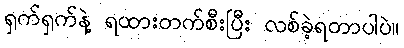
ရှက်ရှက်နဲ့ ရထားတက်စီးပြီး လစ်ခဲ့ရတာပါပဲ။